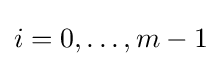
i=0,\ldots ,m-1